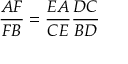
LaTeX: { \frac { A F } { F B } } = { \frac { E A } { C E } } { \frac { D C } { B D } }